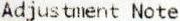
ADJUSTMENT NOTE